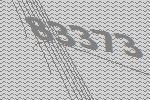
83373